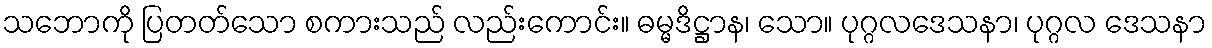
သဘောကို ပြတတ်သော စကားသည် လည်းကောင်း။ ဓမ္မဒိဋ္ဌာန၊ သော။ ပုဂ္ဂလဒေသနာ၊ ပုဂ္ဂလ ဒေသနာ